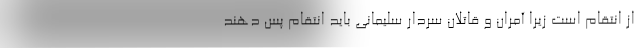
از انتقام است زیرا آمران و قاتلان سردار سلیمانی باید انتقام پس دهند